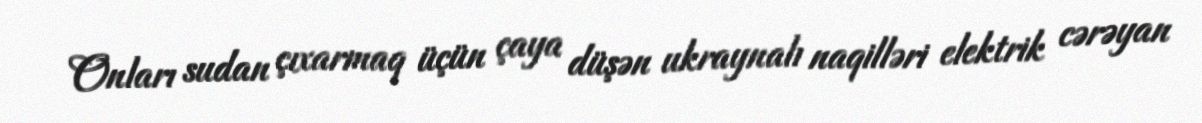
Onları sudan çıxarmaq üçün çaya düşən ukraynalı naqilləri elektrik cərəyan